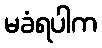
မခံရပါက